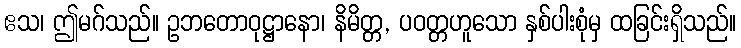
ဧသ၊ ဤမဂ်သည်။ ဥဘတောဝုဋ္ဌာနော၊ နိမိတ္တ, ပဝတ္တဟူသော နှစ်ပါးစုံမှ ထခြင်းရှိသည်။